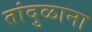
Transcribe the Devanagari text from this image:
तांदुळाना